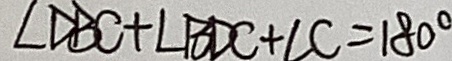
\angle D B C + \angle B D C + \angle C = 1 8 0 ^ { \circ }